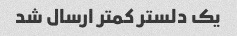
یک دلستر کمتر ارسال شد